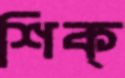
শিক্